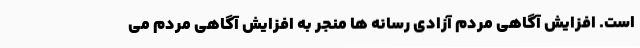
است. افزایش آگاهی مردم آزادی رسانه ها منجر به افزایش آگاهی مردم می